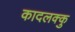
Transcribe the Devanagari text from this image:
कादलक्कु